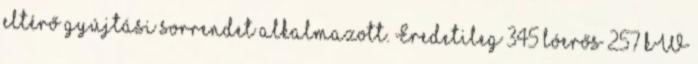
eltérő gyújtási sorrendet alkalmazott. Eredetileg 345 lóerős 257 kW